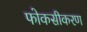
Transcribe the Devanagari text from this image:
फोकसीकरण